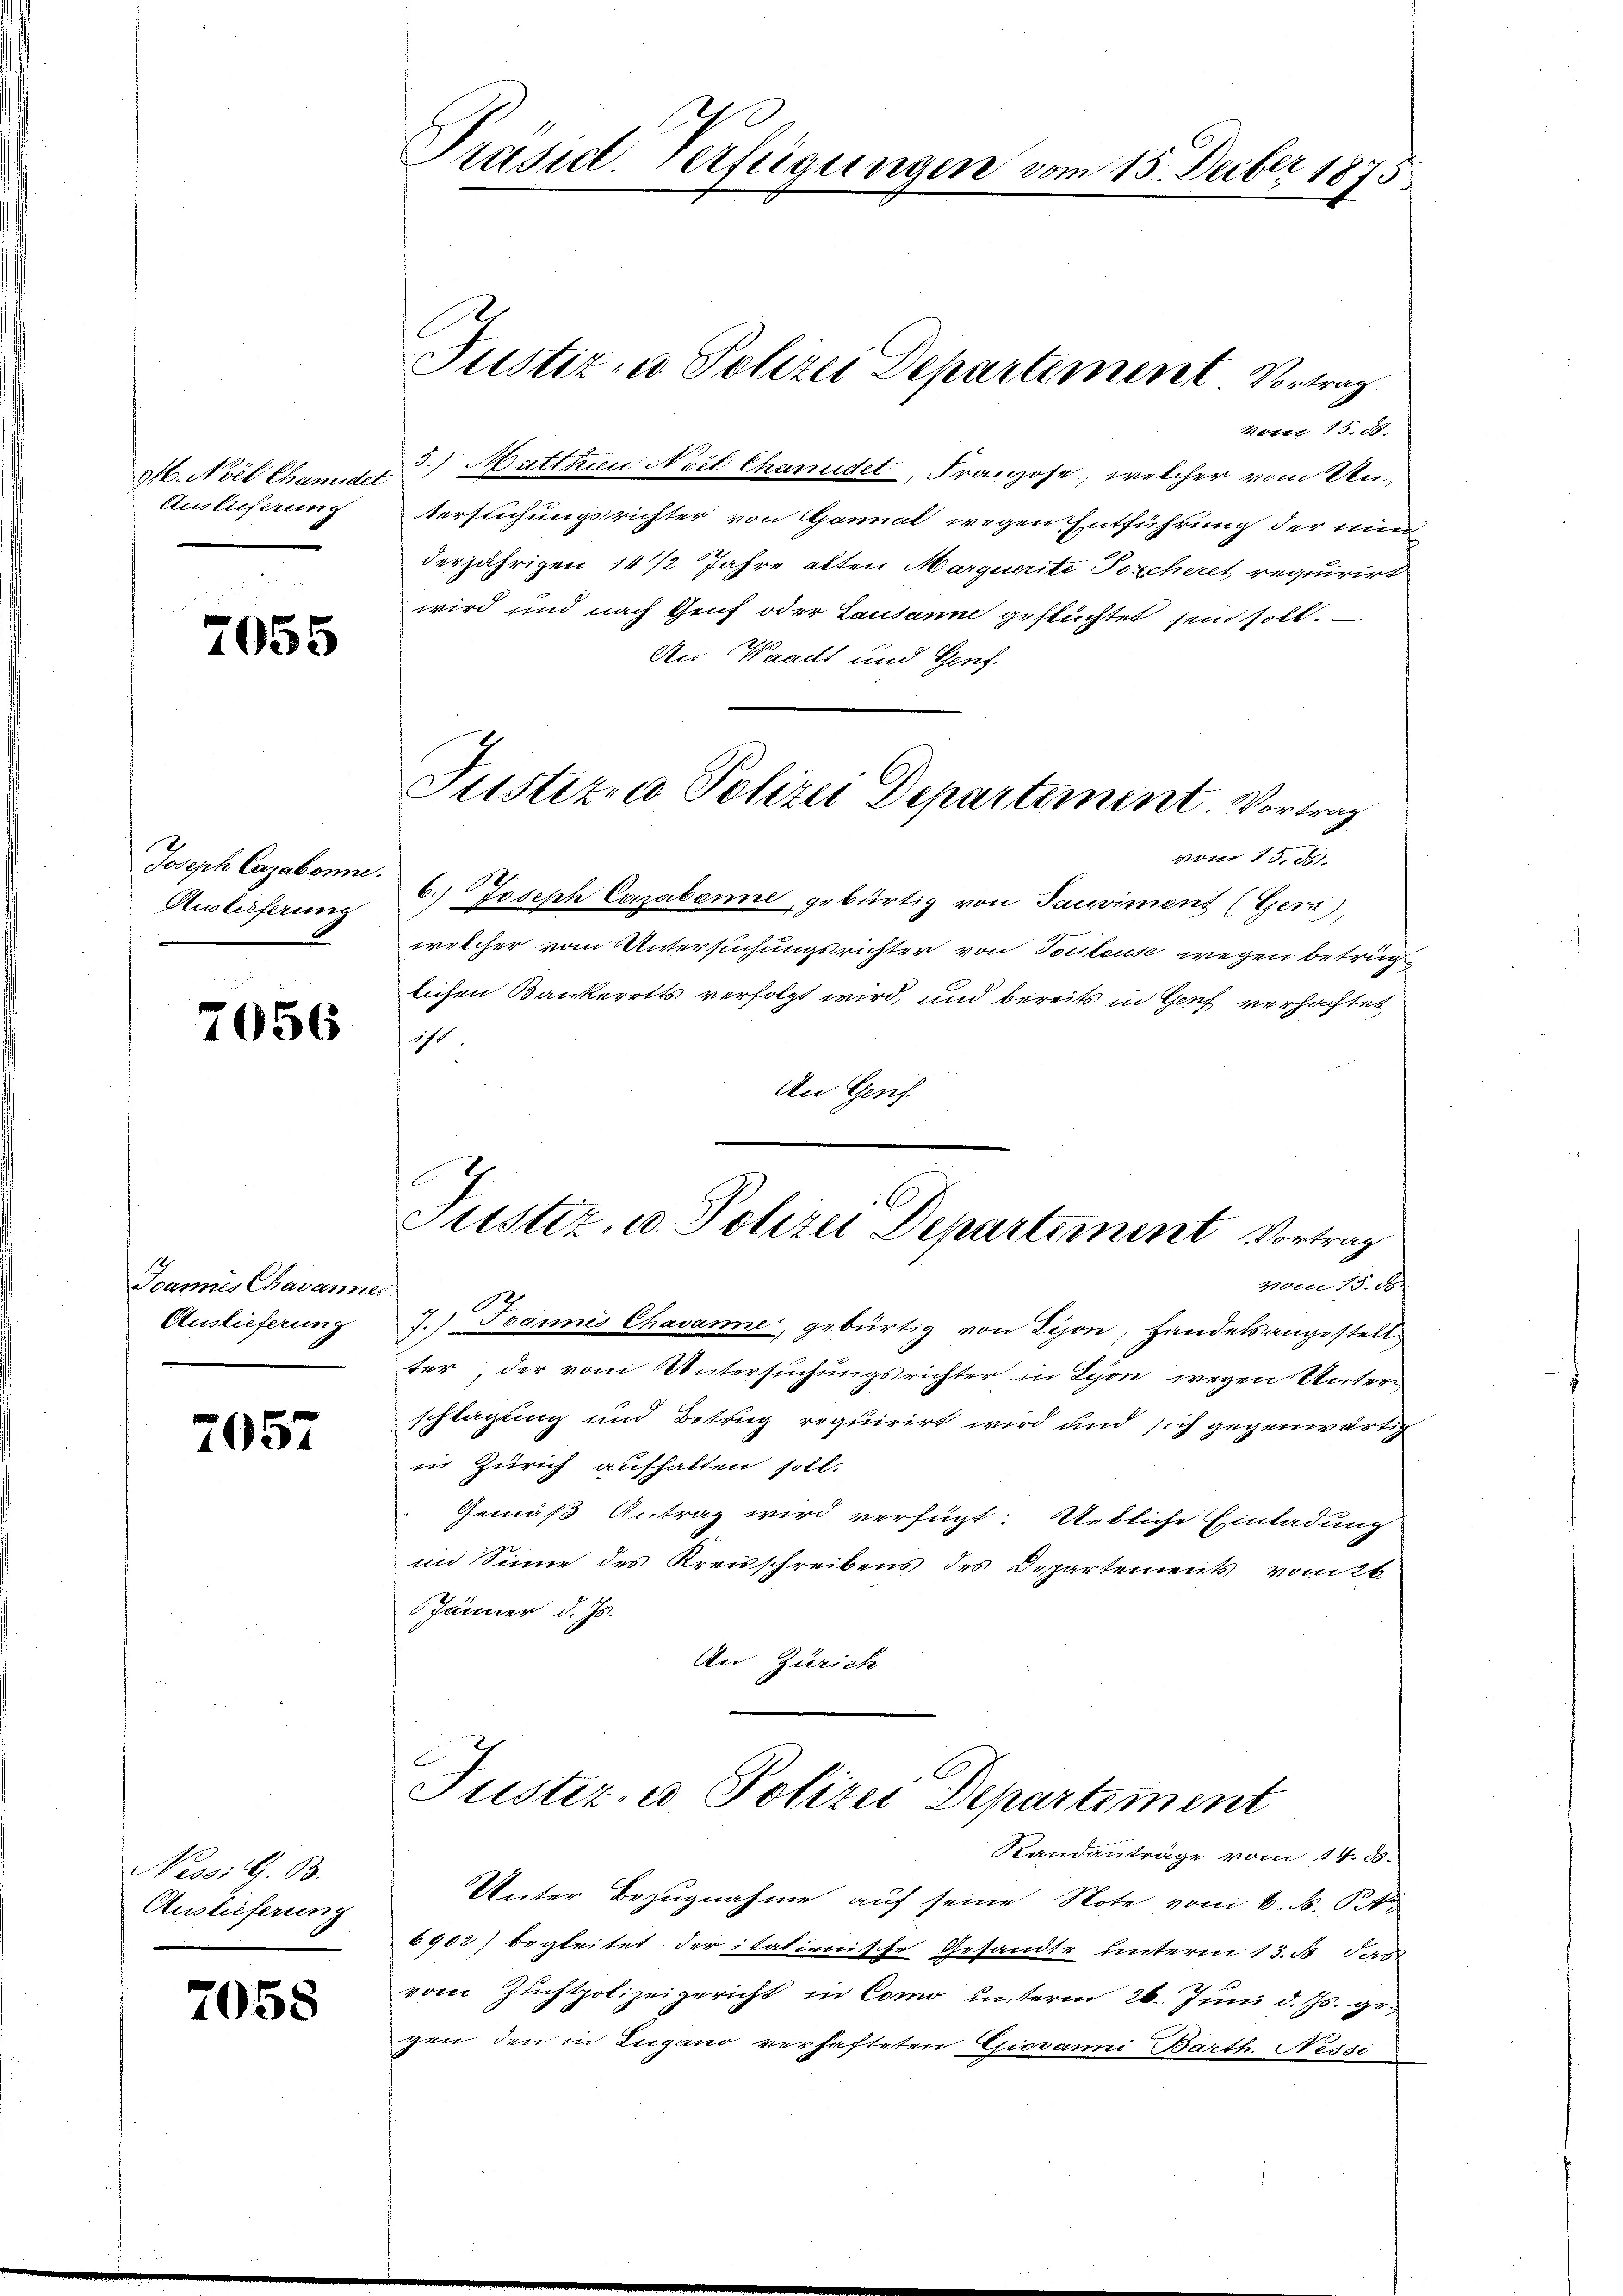
946. Noil Chanudel
Auslieferung

7055

Joseph Cazabonne.
Auslieferung

7056

Joannes Chavanne
Auslieferung

7057

Nessit. B.
Auslieferung

7058

Präsid. Verfügungen vom 15. Deuber 1875

Justiz- u. Polizei Departement Vortrag
Noter 15. 88.
5.) Matthien Noil Chandet, Franzose, welcher vom Untersuchungsrichter von Ganmal wegen Entführung der nun
derjährigen 14/2 Jahre alten Marquerite Poscheret requirirt
wird und nach Genf oder Lausanne geflüchtet sein soll.
An Waadt und Genf.
von 15,00
6.) Joseph Cazabenne, gebürtig von Tauviment (Gers),
welcher vom Untersuchungsrichter von Touleuse wegen betrug
lichen Bankerotts verfolgt wird, und bereits in Genf verhaftet
ist.
An Genf

Justiz, u. Polizei Departement Vortrag
vom 15. d.
J.) Joannes Chavanne, gebürtig von Tison, Handelsangestell
ter der vom Untersuchungsrichter in Lyon wegen Unterschlagung und Betrag requirirt wird und sich gegenwärtig
in Zürich aufhalten soll.
Gemäß Antrag wird verfügt: Uebliche Einladung
im Sinne des Kreisschreibens des Departements vom 26.
Jänner d. Js.
An Zürich

Justiz- & Polizei Departement. Vortrag

Justiz- u Polizei Departement

Randanträge vom 14. ds.
Unter Bezugnahme auf seine Note von 6. d. Sta
6902) begleitet der italienische Gesandte unterm 13. d. dan
vom Zuchtpolizeigericht in Como unterm 26. Juni d. Js. gegen den in Lugano verhafteten Giovanni, Barth. Nessi